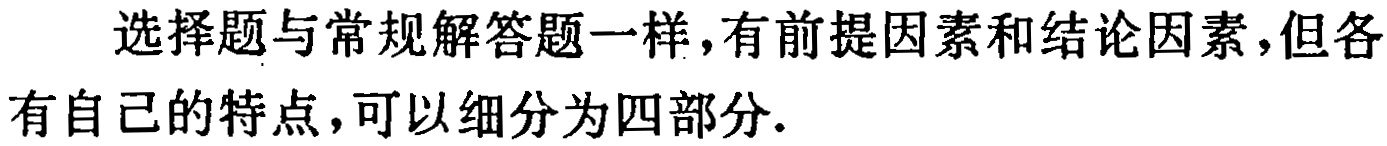
选择题与常规解答题一样，有前提因素和结论因素，但各有自己的特点，可以细分为四部分.